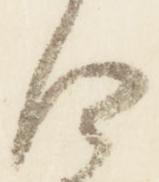
令